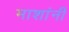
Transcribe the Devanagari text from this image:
माशांनी